Report of the Municipal Commissioner on the plague in Bombay for the year ending 31st May... - Volume 1
Disease focus: Plague
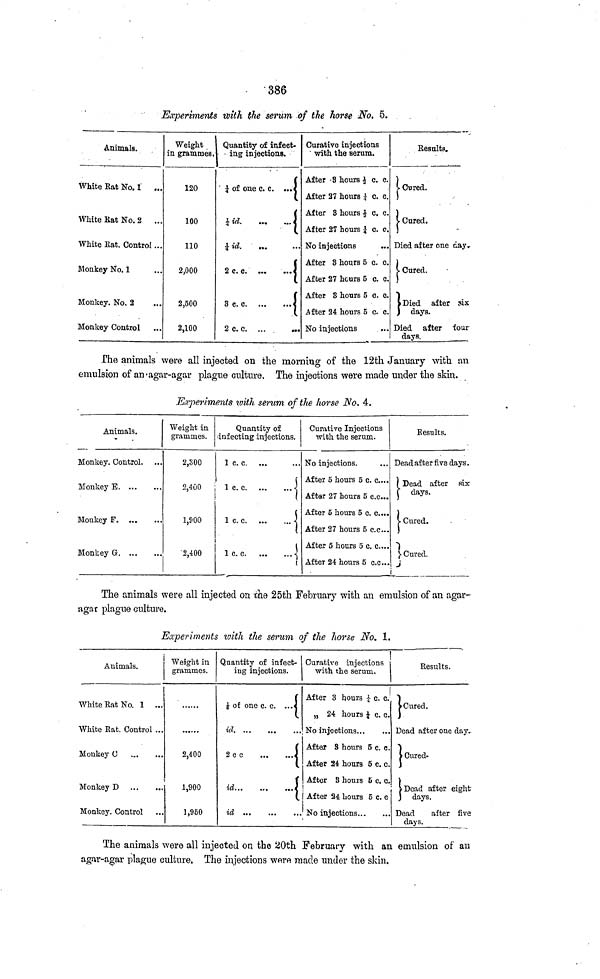
386
Experiments with the serum of the horse No. 5.
Animals.
White Eat No. 1 ...
White Rat No. 2 ...
White Eat. Control ...
Monkey No. 1
Monkey. No. 2
Monkey Control
Weight
in grammes.
120
100
110
2,000
2,500
2,100
Quantity of infect-
ing injections.
¾ of one c. c.
£ id.
i at.
2 c. c. ...
3 c. c. ...
2 c. c. ...
...
···
Curative injections
with the serum.
After -8 hours ½ c. c.
After 27 hours ½ c. c.
After 3 hours ½ c. c.
After 27 hours ¼ c. c.
No injections
...
After 3 hours 5 c. c.
After 27 hours 5 c. c.
After 3 hours 5 c. c.
After 24 hours 5 c. c.
No injections
Results.
v Cured.
i Cured.
Died after one
· Cured.
I Died after
days.
Died after
days.
¿ay.
six
four
The animals were all injected on the morning of the 12th January with an
emulsion of an-agar-agar plague culture. The injections were made under the skin.
Experiments with serum of the horse No. 4.
Animals.
Monkey Control.
Monkey B
Monkey F
Monkey G
Weight in
grammes.
2,300
2,400
1,900
2,400
Quantity of
infecting injections.
1 c. c.
1 c. c
1 c. c
1 c. c
..
Curative Injections
with the serum.
No injections.
After 5 hours 5 c. c....
After 27 hours 5 c.c...
After 6 hours 5 c. c....
After 27 hours 5 c.c...
After 5 hours 5 c. c....
After 24 hours 5 c.c...
Results.
Dead after five days.
¡ Dead after sir
days.
Cured.
· Cured.
i
The animals were all injected on the 25th February with an emulsion of an agar-
agat plague culture.
Experiments with the serum of the horse No. 1.
Animals.
White Eat No. 1 ...
White Eat. Control ...
Monkey C
Monkey D
Monkey. Control
Weight in
grammes.
2,400
1,900
1,950
Quantity of infect-
ing injections.
¿ of one
id. ...
2cc
id...
id ...
c. c. ...«
(
1
Curative injections
with the serum.
After 3 hours J c. c.
„ 24 hours £ c. c.
No injections
After 8 hours 5 c. c.
After 24 hours 5 c. c.
After 8 hours 6' c. c.
After 24 hours 5 c. c
No injections
Results.
1 Cured.
Dead after one day.
1 Cured-
¡ Dead after eight
days.
Dead
after five
days.
The animals were all injected on the 20th February with an emulsion of an
agar-agar plague culture. The injections were made under the skin.